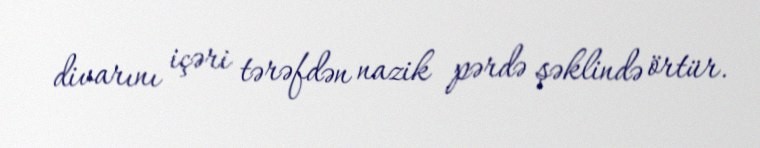
divarını içəri tərəfdən nazik pərdə şəklində örtür.